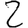
Digit: 2